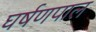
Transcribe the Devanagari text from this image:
घर्षणपाल